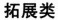
拓展类